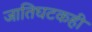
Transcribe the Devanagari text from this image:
जातिघटकही